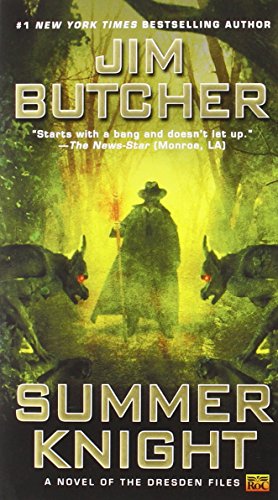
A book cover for Summer Knight:The Dresden Files; Jim Butcher; Science Fiction & Fantasy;